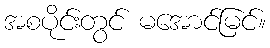
အစပိုင်းတွင် မအောင်မြင်။